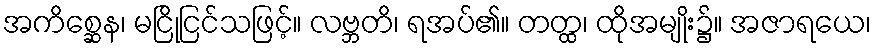
အကိစ္ဆေန၊ မငြိုငြင်သဖြင့်။ လဗ္ဘတိ၊ ရအပ်၏။ တတ္ထ၊ ထိုအမျိုး၌။ အဇာရယေ၊